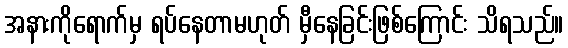
အနားကိုရောက်မှ ရပ်နေတာမဟုတ် မှီနေခြင်းဖြစ်ကြောင်း သိရသည်။